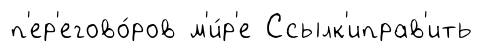
п'ер'егово́ров м'и́р'е Ссылк'иправ'ить